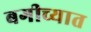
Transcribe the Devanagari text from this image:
बगीच्यात